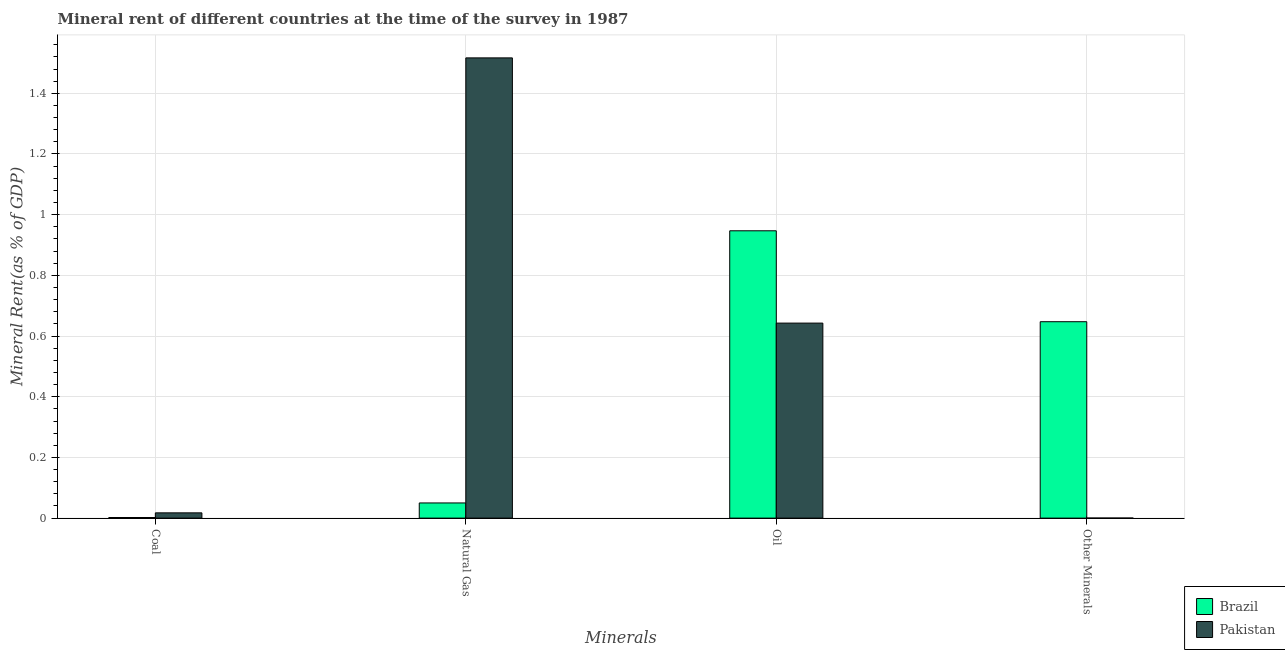
| Minerals | Brazil | Pakistan |
 | --- | --- | --- |
 | Coal | 0.00202 | 0.0174 |
 | Natural Gas | 0.05 | 1.52 |
 | Oil | 0.947 | 0.643 |
 | Other Minerals | 0.647 | 0.000185 |